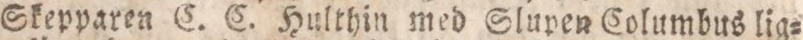
Skepparen C. C. Hulthin med Slupen Columbus lig=